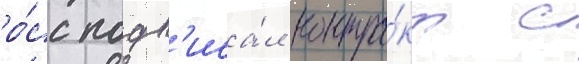
ро́сс подп'иса́л контра́кт с